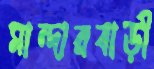
মান্দারবাড়ী